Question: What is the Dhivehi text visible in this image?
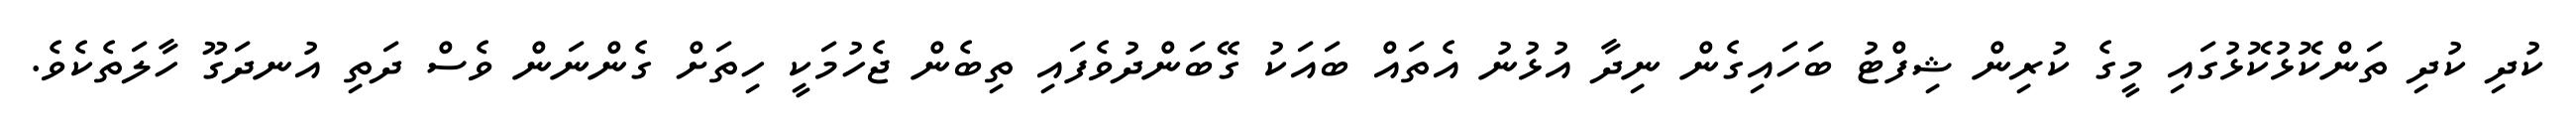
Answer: ކުދި ކުދި ތަންކޮޅުކޮޅުގައި މީގެ ކުރިން ޝިފްޓު ބަހައިގެން ނިދާ އުޅުނު އެތައް ބައަކު ގޭބަންދުވެފައި ތިބެން ޖެހުމަކީ ހިތަށް ގެންނަން ވެސް ދަތި އުނދަގޫ ހާލަތެކެވެ.